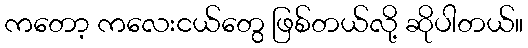
ကတော့ ကလေးငယ်တွေ ဖြစ်တယ်လို့ ဆိုပါတယ်။